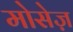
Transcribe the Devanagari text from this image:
मोसेज़